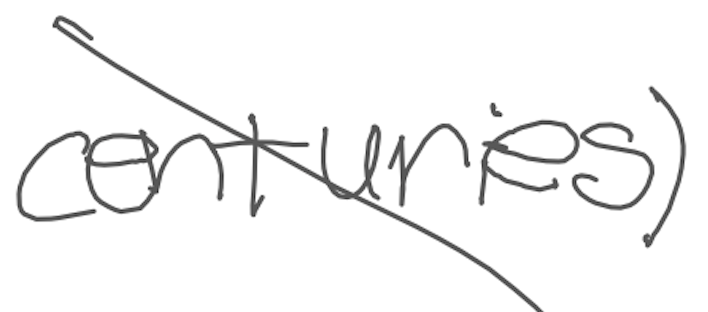
Text: centuries)
Cross-out: diagonal
Writing tool: digital_gray